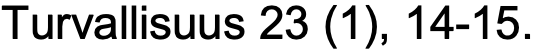
Turvallisuus 23 (1), 14-15.